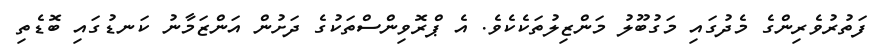
ފަތުރުވެރިންގެ މެދުގައި މަގުބޫލު މަންޒިލުތަކެކެވެ. އެ ޕްރޮވިންސްތަކުގެ ދަށުން އަންޒަމާނު ކަނޑުގައި ބޮޑެތި